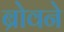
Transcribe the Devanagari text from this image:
ब्रोवने